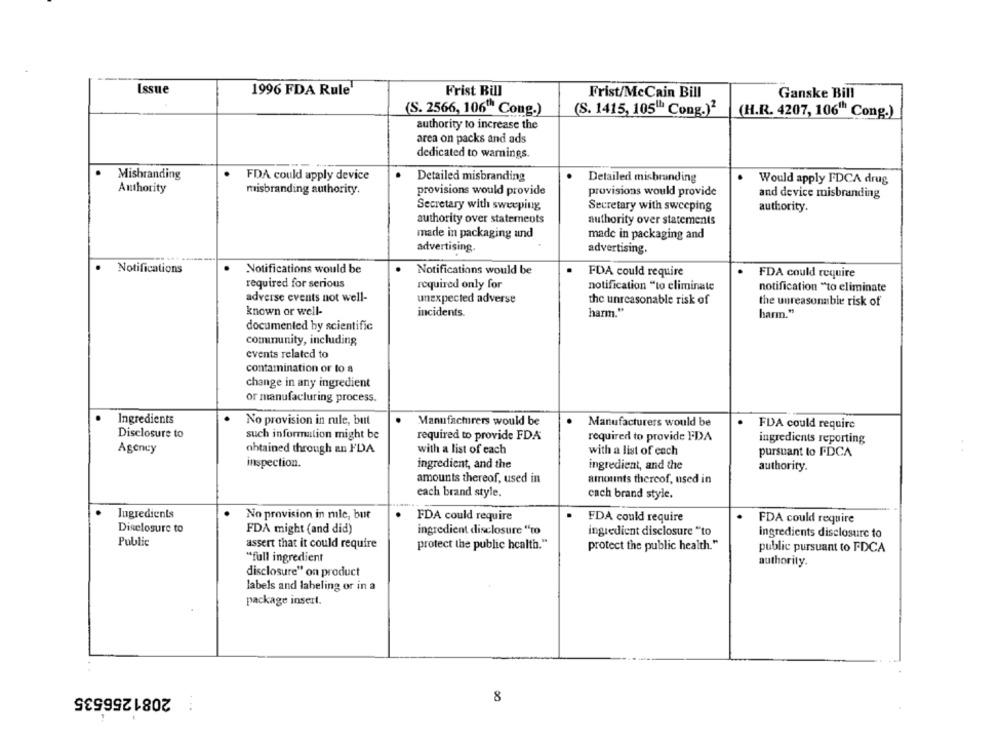
Issue
1996 FDA Rule
Frist Bill
Frist/McCain Bill
Ganske Bill
(S. 2566, 106" Cong.)
(S. 1415, 105" Cong.)2
(H.R. 4207, 106"" Cong.)
authority to increase the
area on packs and ads
dedicated to warnings.
Misbranding
FDA could apply device
Detailed misbranding
Detailed misbranding
Would apply FDCA drug
Authority
misbranding authority.
provisions would provide
provisions would provide
and device misbranding
Secretary with sweeping
Secretary with sweeping
authority.
authority over statements
authority over statements
made in packaging and
made in packaging and
advertising.
advertising.
Notifications
Notifications would be
Notifications would be
FDA could require
FDA could require
required for serious
required only for
notification "to eliminate
notification "to eliminate
adverse events not well-
unexpected adverse
the unreasonable risk of
the unreasonable risk of
known or well-
incidents.
harm."
harm."
documented by scientific
cominunity, including
events related to
contamination or to a
change in any ingredient
or manufacturing process.
Ingredients
No provision in rule, but
Manufacturers would be
Manufacturers would be
FDA could require
Disclosure to
such information might be
required to provide FDA
required to provide FDA
ingredients reporting
Agency
obtained through an FDA
with a list of each
with a list of each
pursuant to FDCA
inspection.
ingredient, and the
ingredient, and the
authority.
amounts thereof, used in
amounts thereof, used in
each brand style.
cach brand style.
Ingredients
No provision in mile, but
FDA could require
FDA could require
FDA could require
Disclosure to
FDA might (and did)
ingredient disclosure "to
ingredient disclosure "to
ingredients disclosure to
Public
assert that it could require
protect the public health."
protect the public health."
public pursuant to FDCA
"full ingredient
authority.
disclosure" on product
labels and labeling or in a
package insert.
2081256535
8